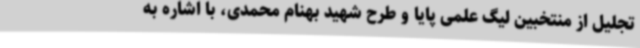
تجلیل از منتخبین لیگ علمی پایا و طرح شهید بهنام محمدی، با اشاره به